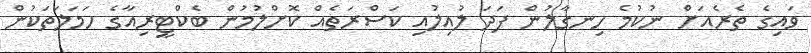
ވައިގެ ތެރެއަށް ނުކުމެ ހިނގާލުން ފަދަ ލުއިލުއި ކަސްރަތެއް ކޮށްލުމުން ބެކްޓީރިއާގެ ހަމަލަތަކުން